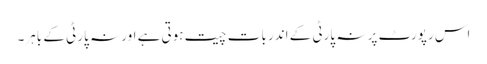
اس رپورٹ پر نہ پارٹی کے اندر بات چیت ہوتی ہے اور نہ پارٹی کے باہر۔